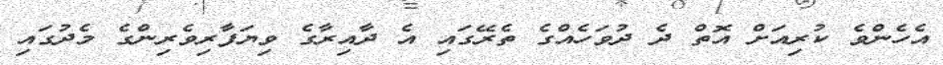
އެހެންވެ ކުރިއަށް އޮތް ދެ ދުވަހެއްގެ ތެރޭގައި އެ ދާއިރާގެ ވިޔަފާރިވެރިންގެ މެދުގައި